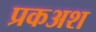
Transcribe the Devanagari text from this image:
प्रकअश